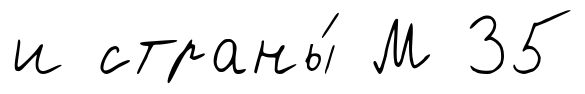
и страны́ М 35